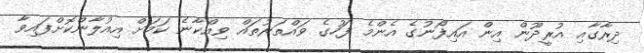
ދިރާގާއި އުރީދޫން އިން އައިފޯނުގެ އެންމެ ފަހުގެ ވައްތަރުތައް ވިއްކާނެ ކަަމަށް އިއުލާންކޮށްފައިވާ